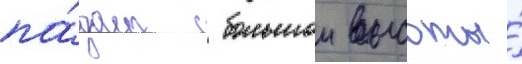
па́дает с большои высоты́